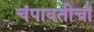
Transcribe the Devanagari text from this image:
चंपावतीचा